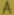
Text: A